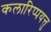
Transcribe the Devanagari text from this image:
कलारिप्पयत्तु